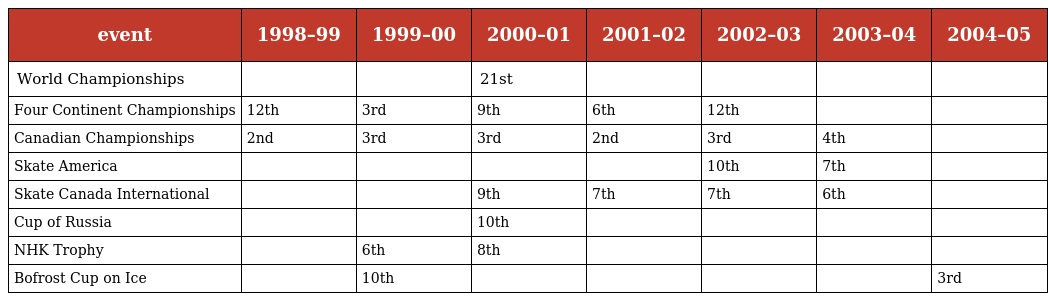
| event | 1998–99 | 1999–00 | 2000–01 | 2001–02 | 2002–03 | 2003–04 | 2004–05 |
 | --- | --- | --- | --- | --- | --- | --- | --- |
 | World Championships |  |  | 21st |  |  |  |  |
 | Four Continent Championships | 12th | 3rd | 9th | 6th | 12th |  |  |
 | Canadian Championships | 2nd | 3rd | 3rd | 2nd | 3rd | 4th |  |
 | Skate America |  |  |  |  | 10th | 7th |  |
 | Skate Canada International |  |  | 9th | 7th | 7th | 6th |  |
 | Cup of Russia |  |  | 10th |  |  |  |  |
 | NHK Trophy |  | 6th | 8th |  |  |  |  |
 | Bofrost Cup on Ice |  | 10th |  |  |  |  | 3rd |